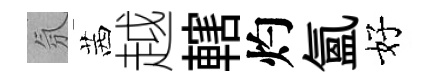
氛茜越轄灼氲好